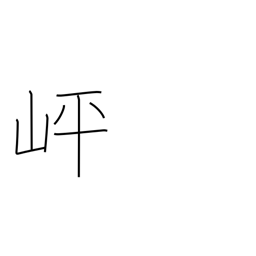
Meaning: level spot part-way up a mountain